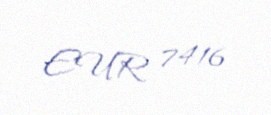
EUR 7416